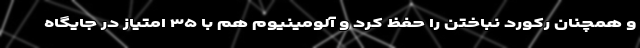
و همچنان رکورد نباختن را حفظ کرد و آلومینیوم هم با ۳۵ امتیاز در جایگاه